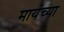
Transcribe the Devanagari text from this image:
मायंच्या